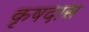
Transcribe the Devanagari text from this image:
कृषदास